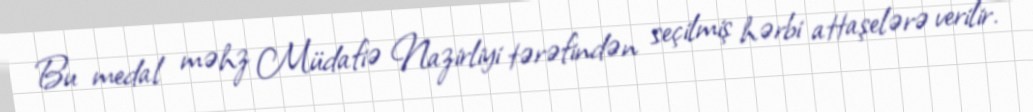
Bu medal məhz Müdafiə Nazirliyi tərəfindən seçilmiş hərbi attaşelərə verilir.